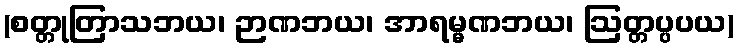
(စတ္တုတြာသဘယ၊ ဉာဏဘယ၊ အာရမ္မဏဘယ၊ ဩတ္တပ္ပပယ)